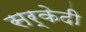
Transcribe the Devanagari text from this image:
सर्केदी